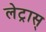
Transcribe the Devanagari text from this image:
लेट्रास्